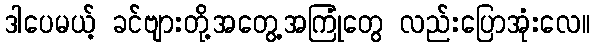
ဒါပေမယ့် ခင်ဗျားတို့အတွေ့အကြုံတွေ လည်းပြောအုံးလေ။